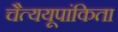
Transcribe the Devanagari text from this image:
चैत्ययूपांकिता